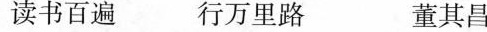
读书百遍 行万里路 董其昌